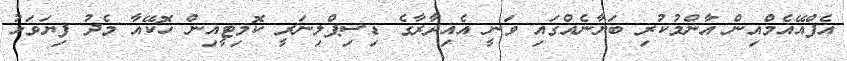
އެފްއޭއެމްއިން އާންމުކުރި ބަޔާނެއްގައި ވަނީ އެއިދާރާގެ ޑިސިޕްލިނަރީ ކޮމިޓީއިން ހޮކޭއާ މެދު ފިޔަވަޅު